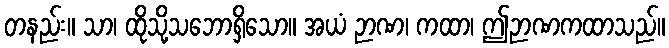
တနည်း။ သာ၊ ထိုသို့သဘောရှိသော။ အယံ ဉာဏ၊ ကထာ၊ ဤဉာဏကထာသည်။